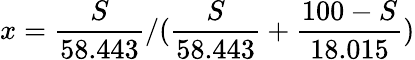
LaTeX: x=\frac{S}{58.443}/(\frac{S}{58.443}+\frac{100-S}{18.015})